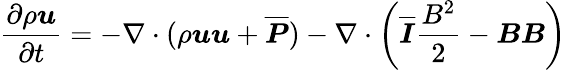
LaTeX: \frac{\partial\rho\boldsymbol{u}}{\partial t}=-\nabla\cdot(\rho\boldsymbol{u}\boldsymbol{u}+\overline{{\boldsymbol{P}}})-\nabla\cdot\left(\overline{{\boldsymbol{I}}}\frac{B^{2}}{2}-\boldsymbol{B}\boldsymbol{B}\right)